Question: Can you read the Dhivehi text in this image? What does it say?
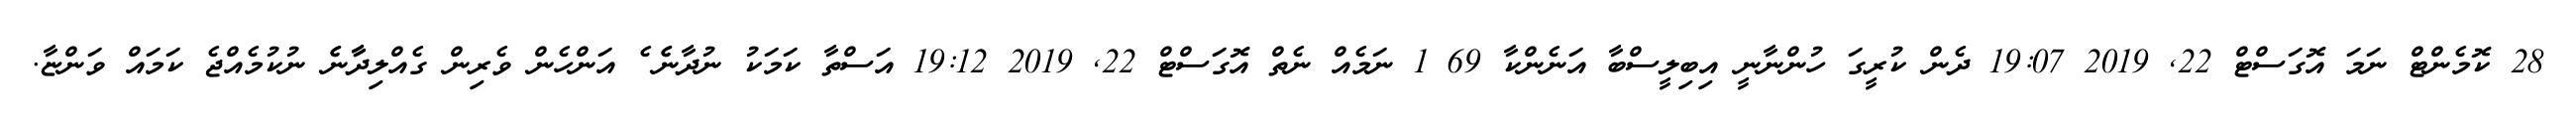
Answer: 28 ކޮމެންޓް ނަމަ އޮގަސްޓް 22, 2019 19:07 ދެން ކުރީގަ ހުންނާނީ އިބިލީސްބާ އަނެންކާ 69 1 ނަމެއް ނެތް އޮގަސްޓް 22, 2019 19:12 އަސްތާ ކަމަކު ނުދާނެެ ެ އަންހެން ވެރިން ގެއްލިދާާނެެ ނުކުމެއްޖެ ކަމައް ވަންޏާ.